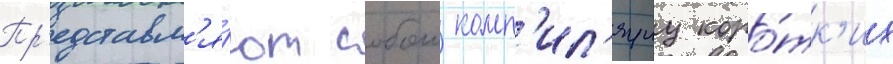
Пр'едставл'я́ют собои комп'ил'яциу коро́тк'их